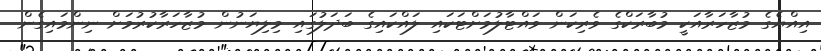
އިއްޔެގެ މުޒާހަރާއަކީ މުބާރަކްގެ ވެރިކަން ވައްޓާލުމަށްޓަކައި ލައްކައިގެ ބަދަލުގައި މިލިޔަނުން މުޒާހަރާކުރުމަށް ނިންމައިގެން